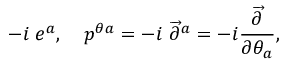
- i \; e ^ { a } , \quad p ^ { \theta a } = - i \; \overrightarrow { \partial } ^ { a } = - i \frac { \overrightarrow { \partial } } { \partial \theta _ { a } } ,